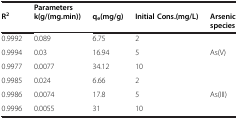
|  | Parameters |  |  |  |
 | R2 | k(g/(mg.min)) | qe(mg/g) | Initial Cons.(mg/L) | Arsenic species |
 | --- | --- | --- | --- | --- |
 | 0.9992 | 0.089 | 6.75 | 2 |  |
 | 0.9994 | 0.03 | 16.94 | 5 | As(V) |
 | 0.9977 | 0.0077 | 34.12 | 10 |  |
 | 0.9985 | 0.024 | 6.66 | 2 |  |
 | 0.9986 | 0.0074 | 17.8 | 5 | As(III) |
 | 0.9996 | 0.0055 | 31 | 10 |  |